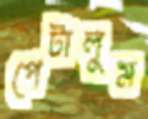
পেটালুম